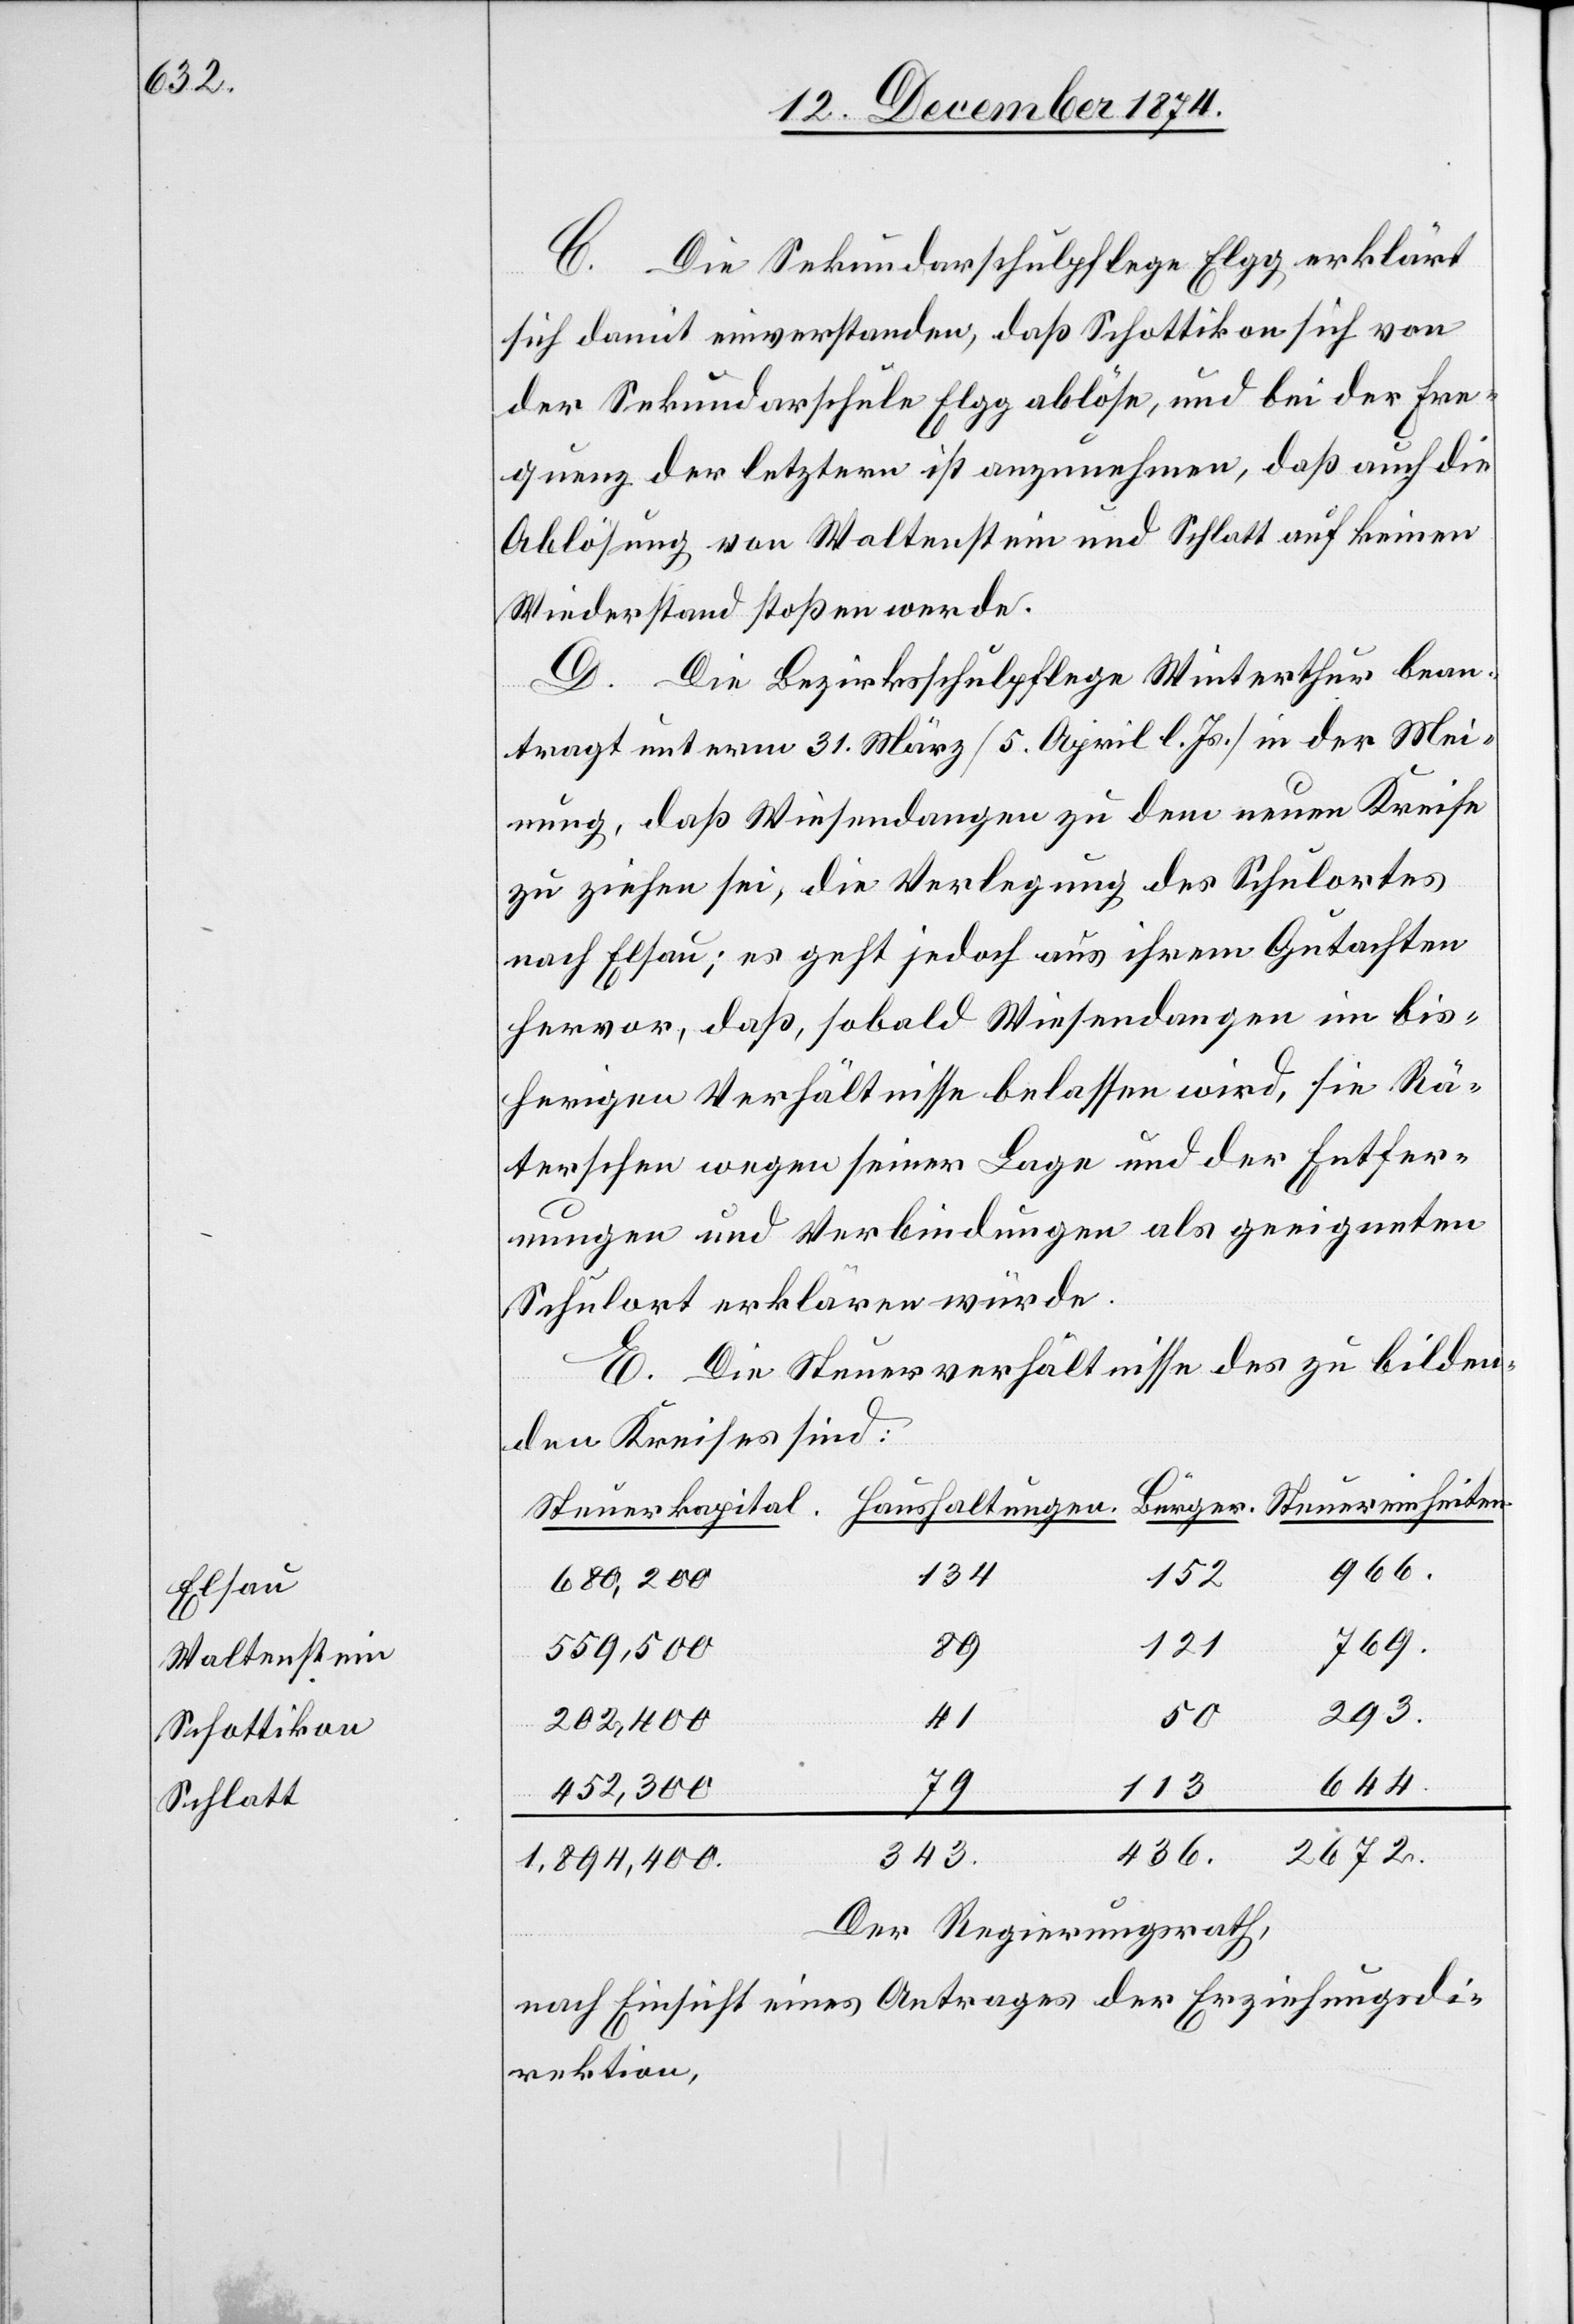
Elsau
Waltenstein
Schottikon
Schlatt

C.
Die Sekundarschulpflege Elgg erklärt
sich damit einverstanden, daß Schottikon sich von
der Sekundarschule Elgg ablöse, und bei der Fre¬
quenz der letztern ist anzunehmen, daß auch die
Ablösung von Waltenstein und Schlatt auf keinen
Wiederstand stoßen werde.
D. Die Bezirksschulpflege Winterthur bean¬
tragt unterm 31. März [5 April l. Js.] in der Mei¬
nung, daß Wiesendangen zu dem neuen Kreise
zu ziehen sei, die Verlegung des Schulortes
nach Elsau; es geht jedoch aus ihrem Gutachten
hervor, daß, sobald Wiesendangen im bis¬
herigen Verhältnisse belassen wird, sie Rä¬
terschen wegen seiner Lage und der Entfer¬
nungen und Verbindungen als geeigneten
Schulort erklären würde.
E. Die Steuerverhältnisse des zu bilden¬
den Kreises sind:
966.
134
152
680,200
769.
79
121
1,894,300
343
50
41
202,400
644.
eiten.
113
452,300
ngen.
2672.
436
r.
Der Regierungsrath,
nach Einsicht eines Antrages der Erziehungsdi¬
rektion,